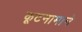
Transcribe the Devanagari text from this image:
कूटनामाने